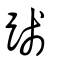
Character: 踐